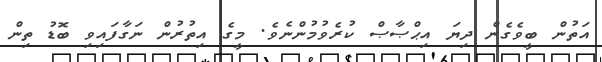
އަތުން ބީވެގެން ދިޔަ އިޙްޞާޞް ކުރެވުމުންނެވެ. މީގެ އިތުރުން ނަގާފައިވި ބޮޑު ތިން